King Institute of Preventive Medicine Micro-Biological Section reports 1909-11
Year: 1909
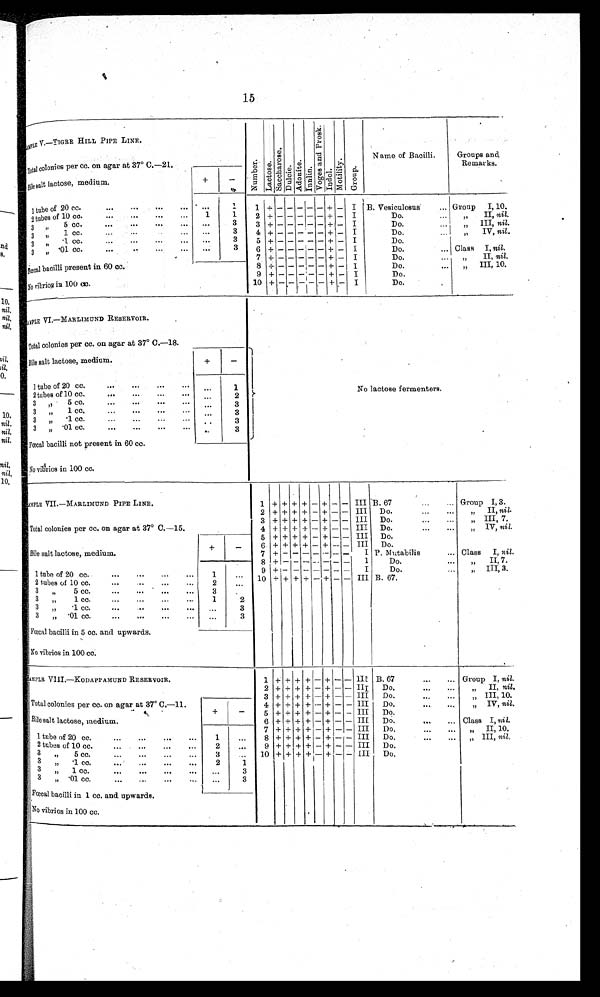
15
SAMPLE V.—TIGRR HILL PIPE LINE.
N u m b e r La c t os e .
S a c c h a r o s e .
Dul c i t e .
A d o n i t e .
I n u l i n .
V o g e s a n d P r o s k .
I ndol . Mo t i l i t y . G r o u p .
Name of Bacilli.
Groups and
.Remarks.
Total colonies per cc. on agar at 37° C.—21.
Bile salt lactose, medium.
+
-
1 t u b e o f 2 0 c c .
. . .
. . .
. . . .
. . .
. . .
1 1
+ - - - - - +
-
I B. Vesiculosus . . . Group I, 10.
2tubes of 10 cc.
...
...
...
. . . 1
1
2 + - - - - - + - I
Do.
, , I I , n i l .
3 ,, .5cc. . . .
. . .
. . .
. . .
. . .
3
3 + - - - - - + - I
Do... ,, III, nil.
3 ,, 1 cc. . . .
. . .
. . .
3
4 + - - - - - + - I
Do,
, , I V ,
n i l
. . .
3
5 + - - - - - + - I
Do.
3 ,, .1.cc. . . .
. . .
. . .
. . .
. . .
3
6 + - - - - - + - I
Do. ...
Class I, ni l .
3 ,, .01cc. ...
. . .
7
+ - - - - - + - I
Do.
, , I I , n i l ,
Fœcal bacilli present in 60 cc.
8 + - - - - - + - I
Do.
, , I I I , 1 0 .
9 + - - - - - + - I
Do.
No vibrios in 100 cc.
10 + - - - - - + - I
Do.
SAMPLE VI.—MARLIMOND RESERVOIR.
N o l a c t o s e f e r m e n t e r s .
Total colonies per cc. on agar at 37° C.—18.
Bile salt lactose, medium.
+
-
1 tube of 20 cc. . . .
. . .
. . .
1
2 tubes of 10 cc.
...
...
. . . .
. . .
2
3 , , 5 c c
. . .
. . .
. . .
. . .
3
3 ,, 1cc,
...
...
...
. . .
. . . 3
3 ,, .1cc. . . .
. . .
. . .
. . .
. . 3
3 ,, .01 cc,
...
...
. . .
. . . 3
Fœcal bacilli not present in 60 cc.
No vibrios in 100 cc.
SAMPLE VII.— MARLIMUND PIPE LINE.
1 + + + + - + - - III
B 6 7
. . .
. . . Group I, 3.
2 + + + + - + - - III Do. . . .
. . . ,, II, nil .
Total colonies per cc. on agar at 37° C.—15.
3 + + + + - + - - III D o .
,, III, 7.
4 + + + + - + - - III Do. . . .
. . . ,, IV, nil.
5 + + + + - + - - III D o .
Bile salt lactose, medium.
+
-
6 + + + + - + - - III D o .
7 + - - - - - -
- I P. Mutabilis . . . Class I, nil.
8 + - - - - - - -
I
Do,
, , . I I , 7 .
1 tube of 20cc. ... ... ... ...
1
. . .
9 + - - - - - - - I
Do. . . . ,, III, 3.
10 + + + + - + - - III B . 6 7 .
2 tubes of 10 cc. ... ... ... ...
2
. . .
3 ,, 5 cc. . . . . . . . . .
...
3
. . .
3 ,, 1 cc. . .. ... ... ...
1
2
3 ,, ..1cc.
... ...
...
. . .
3
3 ,, .
01cc.
... ... ... ...
. . .
3
Fœcal bacilli in 5 cc. and upwards.
No vibrios in 100 cc.
SAMPLE VIII.—KODAPPAMUND RESERVOIR.
1 + + + + - + - - I I I B. 67 . . . Group I, nil .
2 + + + + - + - - III Do.
, . .
...
II, nil .
Total colonies per cc. on agar at 37° C.—11.
3 + + + + - + - - III Do. ,.. ...
,, III, 10.
4 + + + + - + - - III Do. , . .
...
, , I V , n i l
.
Bile salt lactose, medium.
+
-
5 + + + + - + - - III Do.
6 + + + + - + - - III Do. ... ...
Class I, nil.
1 tube of 20 cc. . . .
. . .
. . .
. . .
1
. . .
7 + + + + - + - -
I I I Do,
, . .
...
, , I I , 1 0 .
8 + + + + - + - - III Do. ... ...
,, III, nil.
2 tubes of 10 cc...
...
. . .
. . .
. . .
9 + + + + - + - - III Do,
3 , , 5 c c .
. . .
. . .
. . .
. . .
3
. . . 10 + + + + - + - - III Do.
3 ,, .1cc.....
...
. . .
2
1
3 ,, 1cc....
...
...
...
. . .
3
3 ,, .01 cc....
...
...
. . .
. . .
3
Fœcal bacilli in 1 cc, and. upwards.
No vibrios in 100 cc
.